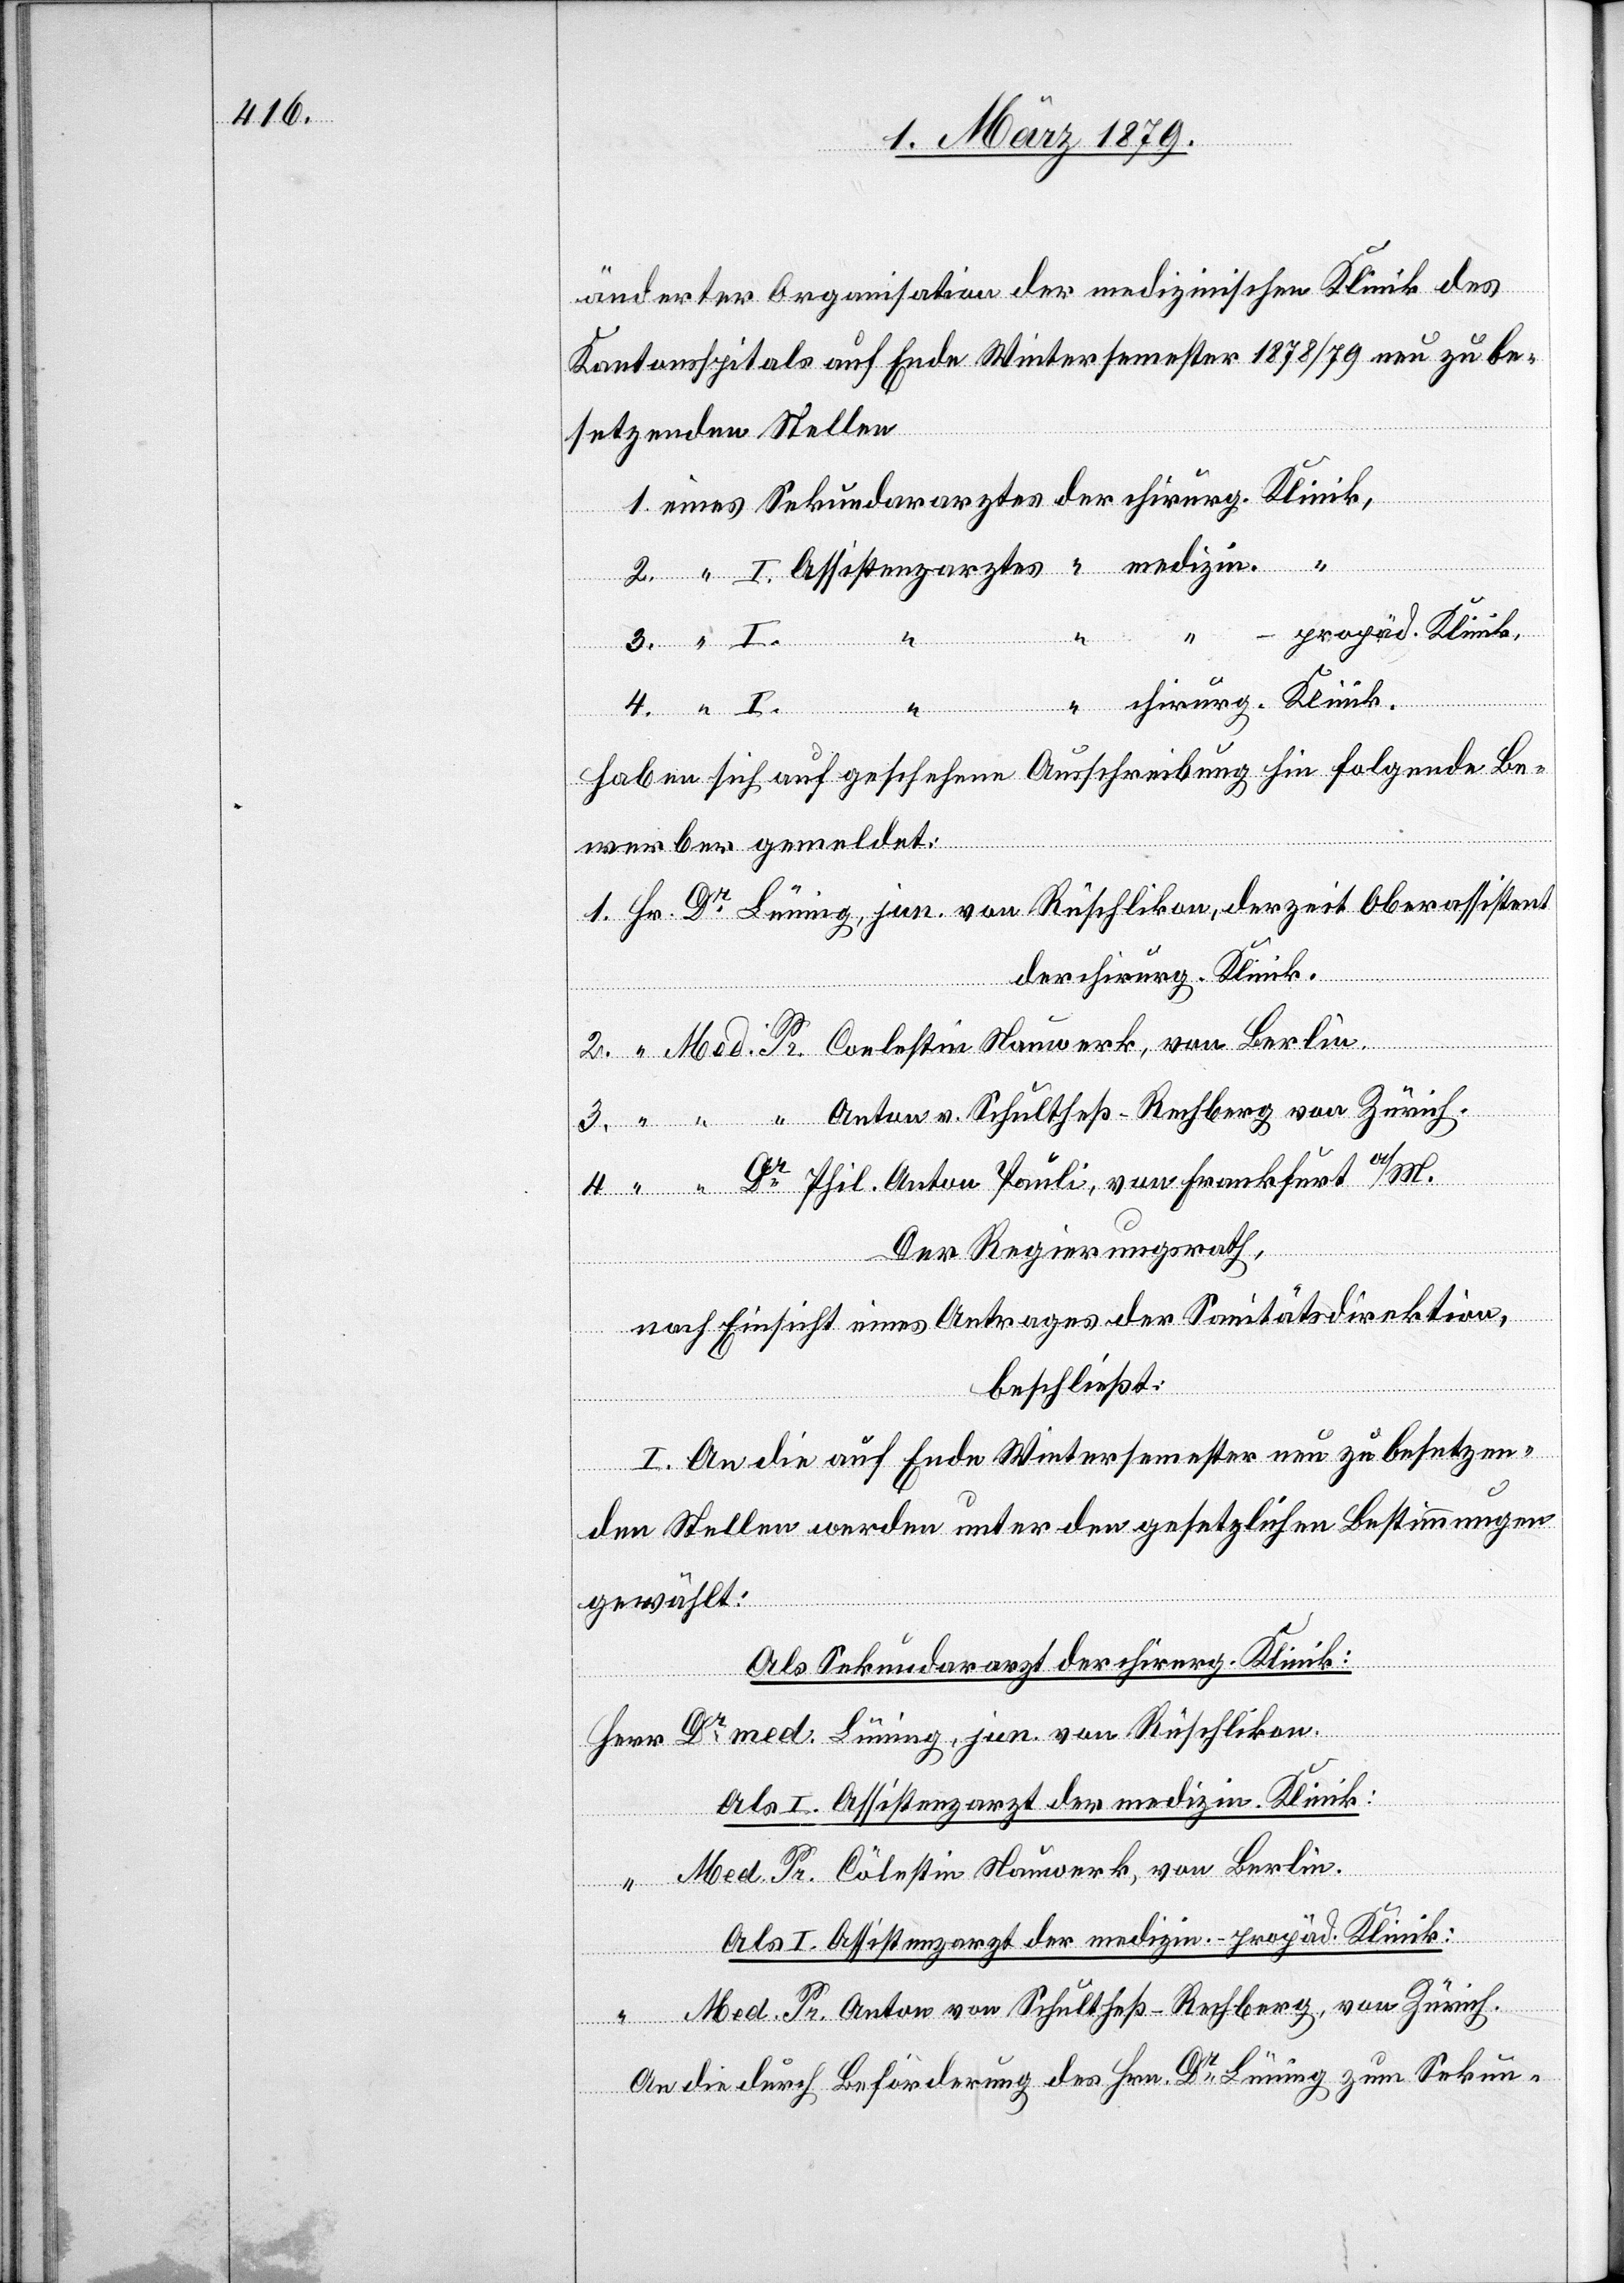
änderter Organisation der medizinischen Klinik des
Kantonsspitals auf Ende Wintersemester 1878/79 neu zu be¬
setzenden Stellen
v.
-propäd. Klinik,
4.
4.
“
Anton
in.
haben sich auf geschehene Ausschreibung hin folgende Be¬
werber gemeldet:
Dr Lüning, jun. von Rüschlikon, derzeit Oberassistent
der chirurg. Klinik.
Her¬
Dr Phil. Anton Pauli, von Frankfurt a/M.
Der Regierungsrath,
nach Einsicht eines Antrages des Sanitätsdirektion,
beschließt:
I. An die auf Ende Wintersemester neu zu besetzen¬
von
den Stellen werden unter den gesetzlichen Bestimmungen
gewählt:
Als Sekundarzt der chirurg. Klinik:
Herr Dr med. Lüning, jun. von Rüschlikon.
Als I. Assistenzarzt der medizin. Klinik:
Med. Pr. Cölestin Nauwerk, von Berlin.
Als I. Assistenzarzt der medizin.-propäd. Klinik:
r Med. Pr. Anton von Schultheß-Rechberg, von Zürich.
An die durch Beförderung des Hrn. Dr Lüning zum Sekun-